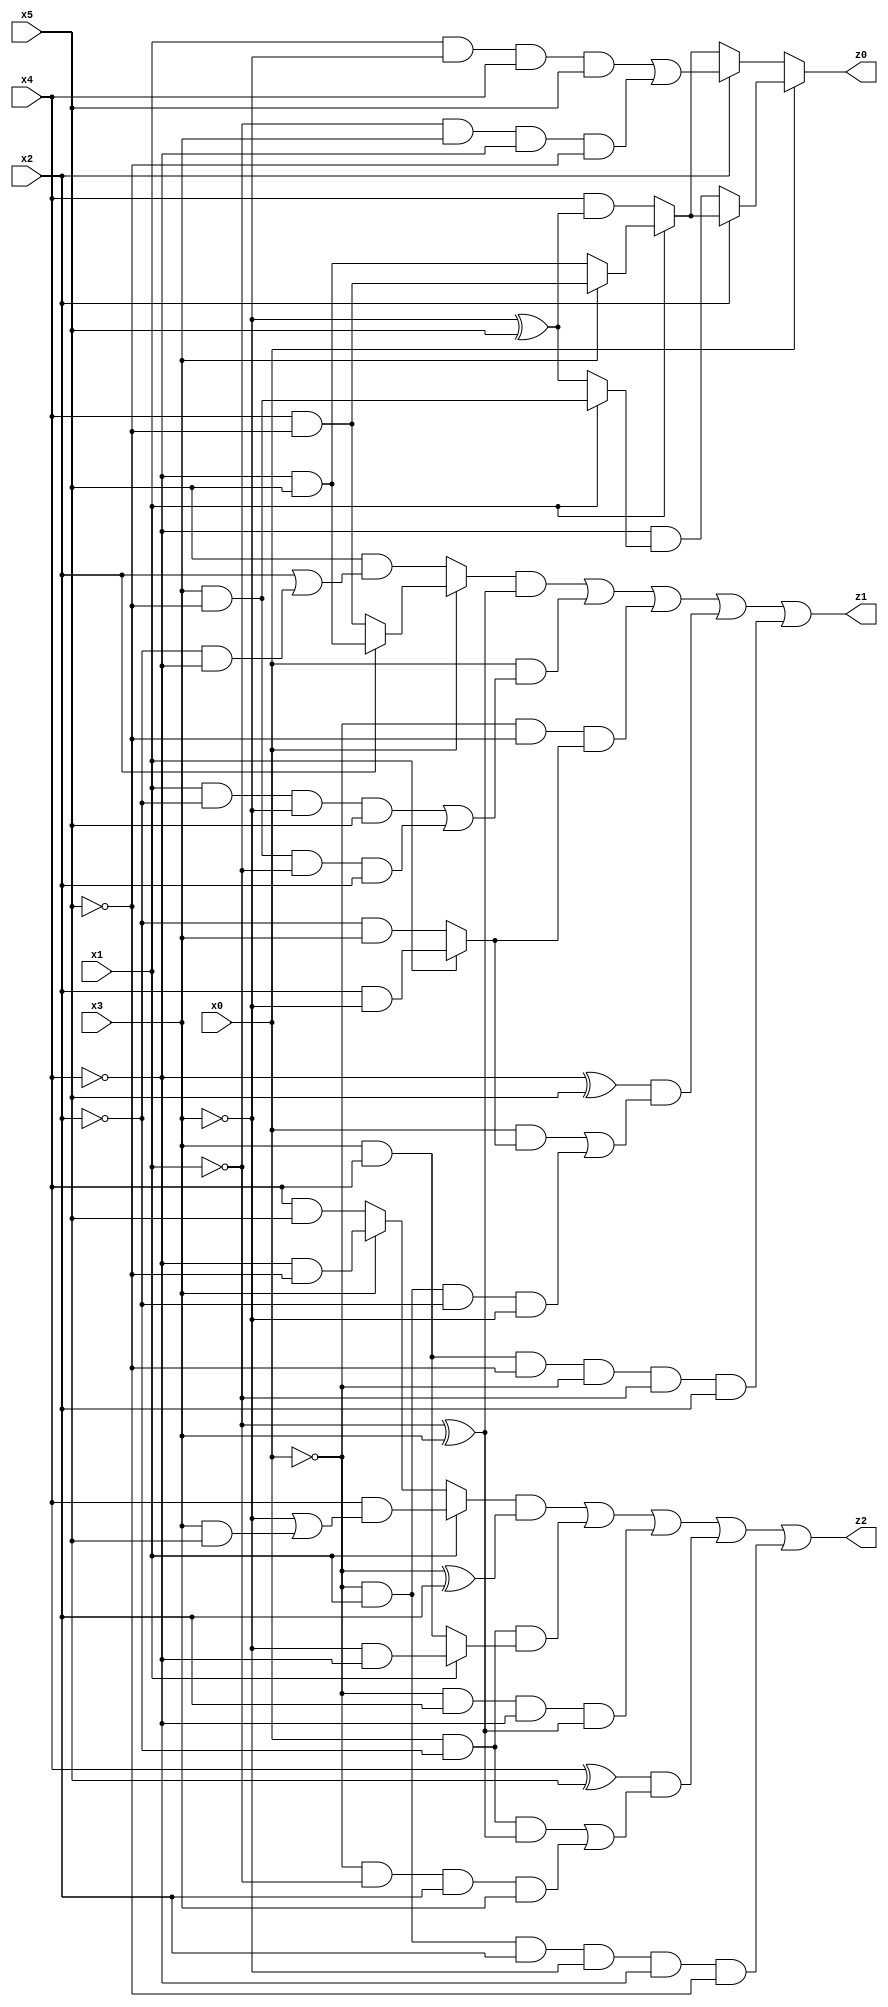
// Benchmark "q_8" written by ABC on Tue Jul 11 01:36:53 2023

module q_8 ( 
    x0, x1, x2, x3, x4, x5,
    z0, z1, z2  );
  input  x0, x1, x2, x3, x4, x5;
  output z0, z1, z2;
  assign z0 = x0 ? (x2 ? (x1 ? (x3 ? (x4 & ~x5) : (~x4 & x5)) : (x4 & (~x3 ^ x5))) : (~x4 & (x1 ? (x3 & ~x5) : (~x3 ^ x5)))) : (x2 ? ((x1 & ~x3 & x4 & x5) | (~x1 & x3 & ~x4 & ~x5)) : (x1 ? (x3 ? (x4 & ~x5) : (~x4 & x5)) : (x4 & (~x3 ^ x5))));
  assign z1 = ((x0 ? (x2 ? (~x4 & x5) : (x4 & ~x5)) : (x5 & (x2 | (~x2 & ~x4)))) & (~x1 ^ x3)) | (x0 & ((x1 & ~x2 & ~x3 & x5) | (x3 & ~x5 & ~x1 & x2))) | (~x0 & ~x5 & (x1 ? (x2 & ~x3) : (~x2 & x3))) | ((~x4 ^ x5) & ((x0 & (x1 ? (x2 & ~x3) : (~x2 & x3))) | (~x0 & x1 & ~x2 & ~x3))) | (x3 & x4 & ~x5 & ~x0 & ~x1 & x2);
  assign z2 = ((x1 ? (x4 & (~x3 | (x3 & x5))) : (x3 ? (~x4 & ~x5) : (x4 & x5))) & (~x0 ^ x2)) | (x0 & ~x2 & (x1 ? (~x3 & ~x4) : (x3 & x4))) | (~x0 & x2 & ~x4 & (~x1 ^ x3)) | ((x4 ^ x5) & ((x0 & ~x2 & (~x1 ^ x3)) | (~x0 & ~x1 & x2 & x3))) | (~x0 & x1 & x2 & ~x3 & ~x4 & ~x5);
endmodule